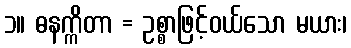
၁။ ဓနက္ကိတာ = ဥစ္စာဖြင့်ဝယ်သော မယား၊